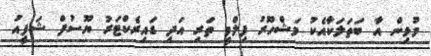
މުޅިން އާ ބަތަލަކާއެކު މަޝްހޫރު ފިލްމީ ތަރި އަދި ޑައިރެކްޓަރު ޔޫސުފް ޝަފީއު